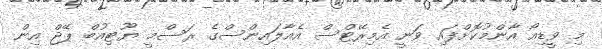
މި ވީޑިއޯ އާންމުކޮށްފައި ވަނީ އެމިރޭޓްސް އެއާލައިންސްގެ ރަސްމީ ޔޫޓިއުބް ޕޭޖް އިން